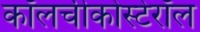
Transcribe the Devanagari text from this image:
कॉलचीकोस्टेरॉल